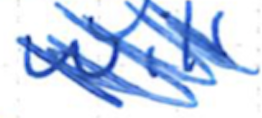
Text: will
Cross-out: scratch
Writing tool: ballpoint